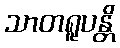
သာတရူပန္တိ